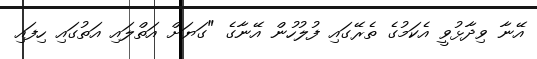
އޭނާ ވިދާޅުވީ އެކަމުގެ ތެރޭގައި ފުލުހުން އޭނާގެ "ގަޔަށް އަތްލައި އަތުގައި ހިފައި